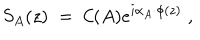
S _ { A } ( z ) \; = \; { \cal C } ( A ) e ^ { i \alpha _ { A } \cdot \phi ( z ) } \; ,